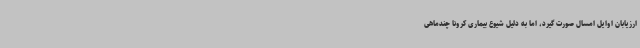
ارزیابان اوایل امسال صورت گیرد، اما به دلیل شیوع بیماری کرونا چندماهی